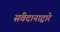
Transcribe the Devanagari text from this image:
संवेदानाद्वारे